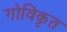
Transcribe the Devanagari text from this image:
गोविकृत